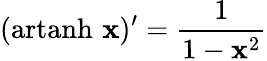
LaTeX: (\operatorname{artanh}\, \mathbf{x})^{\prime}={\frac{{1}}{{1-\mathbf{x}^{2}}}}